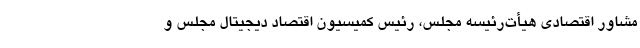
مشاور اقتصادی هيأت‌رئيسه مجلس، رئيس كميسيون اقتصاد ديجيتال مجلس و